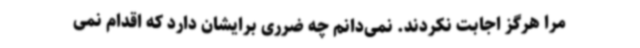
مرا هرگز اجابت نکردند. نمی‌دانم چه ضرری برایشان دارد که اقدام نمی